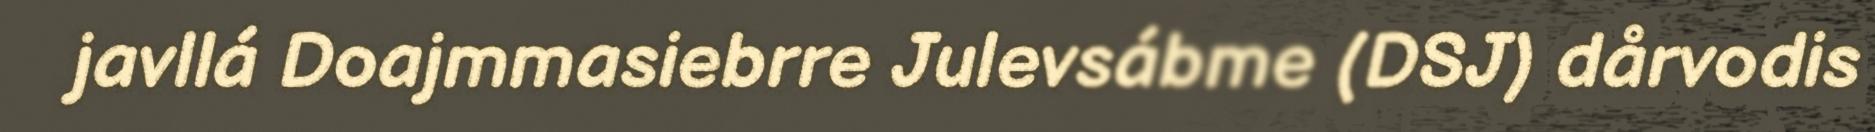
javllá Doajmmasiebrre Julevsábme (DSJ) dårvodis